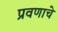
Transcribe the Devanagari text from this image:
प्रवणाचे